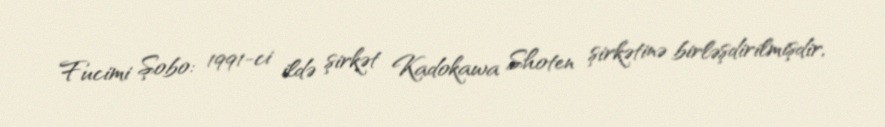
Fucimi Şobo: 1991-ci ildə şirkət Kadokawa Shoten şirkətinə birləşdirilmişdir,